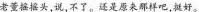
老董摇摇头,说,不了。还是原来那样吧,挺好。